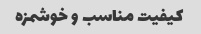
کیفیت مناسب و خوشمزه